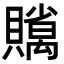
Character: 𧸣